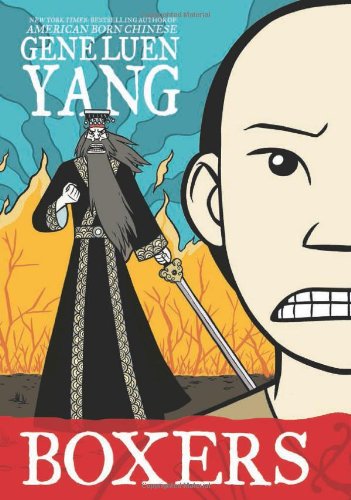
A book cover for Boxers (Boxers & Saints); Gene Luen Yang; Teen & Young Adult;